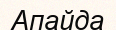
Апайда